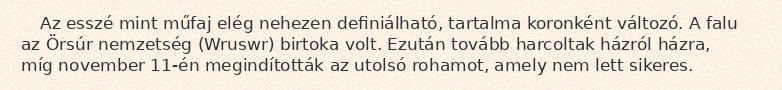
Az esszé mint műfaj elég nehezen definiálható, tartalma koronként változó. A falu az Örsúr nemzetség (Wruswr) birtoka volt. Ezután tovább harcoltak házról házra, míg november 11-én megindították az utolsó rohamot, amely nem lett sikeres.